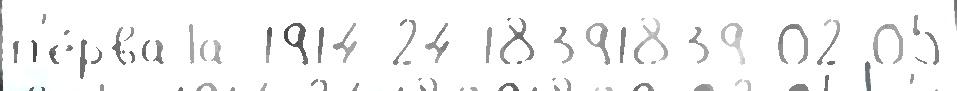
п'е́рваjа 1914 24 18391839-02-05